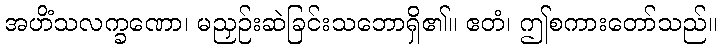
အဟိံသလက္ခဏော၊ မညှဉ်းဆဲခြင်းသဘောရှိ၏။ ဧတံ၊ ဤစကားတော်သည်။